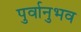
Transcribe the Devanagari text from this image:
पुर्वानुभव